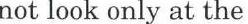
not look only at the